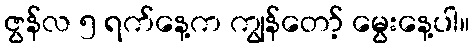
ဇွန်လ ၅ ရက်နေ့က ကျွန်တော့် မွေးနေ့ပါ။